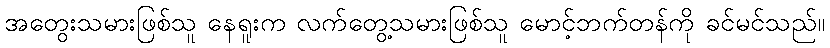
အတွေးသမားဖြစ်သူ နေရူးက လက်တွေ့သမားဖြစ်သူ မောင့်ဘက်တန်ကို ခင်မင်သည်။